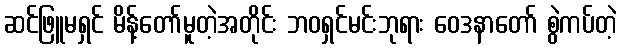
ဆင်ဖြူမရှင် မိန့်တော်မူတဲ့အတိုင်း ဘဝရှင်မင်းဘုရား ဝေဒနာတော် စွဲကပ်တဲ့